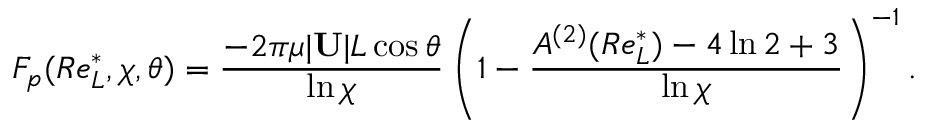
F _ { p } ( R e _ { L } ^ { * } , \chi , \theta ) = \frac { - 2 \pi \mu | \mathbf { U } | L \cos \theta } { \ln \chi } \left( 1 - \frac { A ^ { ( 2 ) } ( R e _ { L } ^ { * } ) - 4 \ln 2 + 3 } { \ln \chi } \right) ^ { - 1 } .